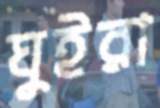
ঘুইরা